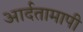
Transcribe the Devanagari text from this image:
आर्दतामापी